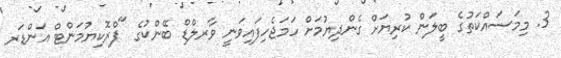
3. މިމަސައްކަތުގެ ބީލަން ކުރިޔަށް ގެންދިޔުމަށް ހަމަޖެހިފައިވަނީ ވާރލްޑް ބޭންކުގެ "ޕްރޮކިޔުމަންޓް އަންޑަރ